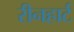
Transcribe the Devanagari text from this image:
रीनहार्ट